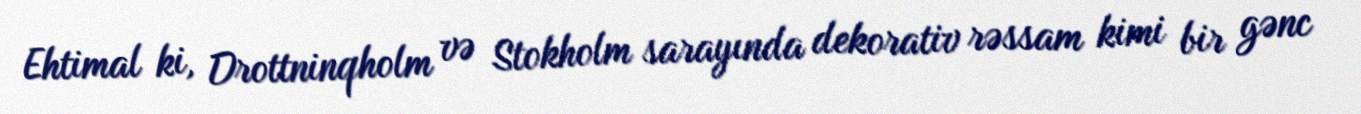
Ehtimal ki, Drottninqholm və Stokholm sarayında dekorativ rəssam kimi bir gənc